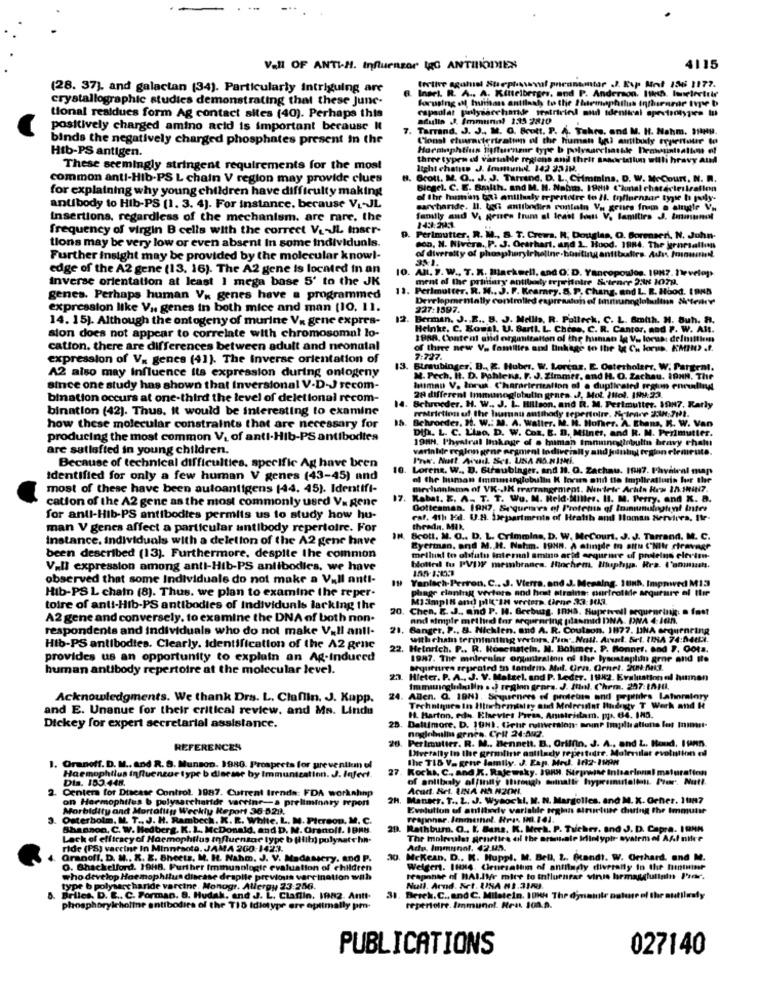
Vall OF ANTI-H. Influenzor lgG ANTILIODIES
4115
I phicontintar J. Kup Med 136 1177.
(28. 37), and galactan (34). Particularly Intriguing are
crystallographic studies demonstrating that these June-
Insel. R. A ., A. Kittelberges, and P. Anderson. Itheh. Iunetertelr
forusing &M, huileass antilaat to the Iltemaphilus Intherarar Ive b
capsolat polysaccharde seatriviel mud identical spectrotypies tu
tional residues form Ag contact sites (40). Perhaps this
afulla .J. Immunol 135 2810
positively charged amino acid is important because It
7. Tarrand. J. J ., M. G. Scott. P. A. Takes, and M. H. Nahm. HHHy.
binds the negatively charged phosphates present in the
Cional characterization of the human (al antibody epertour Io
Horaphtius Ttffurnzur type b polysaccharide Demintsalto of
Htb-PS antigen.
three typen ed vartable regions and their amaorisiiun willi hravy aud
These seemingly stringent requirements for the most
common anti-Hib-PS L chain V region may provide clues
H. Brott. M. O .. J. J. Tatrind. D. L. CHminins. D. W. MeCourt, N. R.
for explaining why young children have difficulty making
Biegel. C. E. Smith. and M. H. Nahm. 1989 C'konal chatécierrafinn
of the human both anilluty erpertoire to Il. tofuensar typse ha poly-
antibody to Hib-PS (1. 3. 4). For instance. because VL-JL
sarvbaride. Il. toGi antibodies contain Vy geurs Inin o eltutte Vu
Insertions, regardless of the mechanism. are rare, the
family and V. gruen trum al Inast bout V. lanitira J. Immunol
frequency of virgin B cells with the correct Ve-JL inser-
143:29:
9. Perlmutter, R. M ., S. T. Crewa. R. Douglas, Q. Borenses, N. John-
tions may be very low or even absent In some individuals.
soD. N. Nivera. P. J. Orarhari, and 1. Hood. 1984. The jernrsaliun
Further insight may be provided by the molecular knowl-
of diversity of phosphoryicheline.bisting antibudire. Adır fonumil.
edge of the A2 gene (13. 16). The A2 gene is located in an
10. AN. S. W .. T. R. Backwell, and O. D. Yancopoulos, 1987. Develop
Inverse orientation at least I mega base 5' to the JK
ment of the printury antibaly territoire Stener 2:48 107H.
13. Perlmutter. R. N .. J. F. Kearney. S. P. Chang, and L. R. Hood. IONS
genes. Perhaps human Va genes have a programmed
Developmentally controlled expresston of Immunoglobulina & terre
expression like V ,. genes in both mice and man [10. 11.
227:1597.
14. 15). Although the ontogeny of murine V. gene expres-
12.
Berman. J .. E .. B. J. Mellis. R. Palleck, C. L. Smith. H. Buh. H.
Helnke. C. Kousl. U. Bartl. L. Chose, C. R. Canter, and F. W. Alt.
sion does not appear to correlate with chromosomal lo-
1988, Content and orgmittatton of the human lg V ., locus: de Intitien
cation. there are differences between adult and neonatal
of three new V. families and linkage in the & Ch lorus. KAHND .f.
expression of Va genes (41). The inverse orientation of
7:737.
A2 also may Influence Its expression during ontogeny
13.
Birubinger, B ., E. Huber. W. Lorens. E. Osterholsrr. W. Partent.
M. Pech. Ht. D. Pohlens. F. J. Zimmer, and H. O. Zachau, 19HN, The
Since one study has shown that Inversional V-D-J secom-
human V. torua. Characterization of a duplicain regime enruling
bination occurs at one-third the level of deletional recom-
14.
28 different Immunoglobulin genes. J. Mot. Illol. INy:23.
bination (42). Thus. it would be interesting to examine
Behreeder. H. W .. J. L. Hillson, and R. M. Perlmutter. 1987. Ratly
restriction uf the human antibody sepertoire, KIrare 2:3,711.
15. Behrorder. H. W .: M. A. Waller. M. R. HoTher. A. Ehans, R. W. Van
how these molecular constraints that are necessary for
DIf. L. C. L'iso, D. W. Coz. B. D. Milner, and R. M. Perlmutter.
producing the most common V. of anti-Hib-PS antibodies
198N. Phystral linkage of a human Immunoginbulin heavy chalu
are satisfied in young children.
varinldr region gene ergment Indiversity and janti trgion elemiruta.
Because of technical difficulties, specific Ag have been
10
Lorens. W .. D. Straubinger, and 11. Q. Zachau. 1987. Phvatenl map
Identified for only a few human V genes (43-45) and
of the human Immmarglobulin K lorus attit tle Implicatlurin for the
most of these have been autoantigens (44. 45). Identifi-
mirchaninmn of VK-JK rrarrangement. Nitets' Achts How In.JIN7.
cation of the A2 gene as the most commonly used Va gene
17.
Kabel. E. A. T. T. Wu. M. Held-Miller. Il. M. Perry, and x. a.
Doticaman. 1987, Se gurures of Profeta of Ininumulnghent Inter
for anti-Hib-PS antibodies permits us to study how hu-
cal. 4th Ed. U.A. Departments of Health and Human Services, Ile-
man V genes affect a particular antibody repertoire. For
theadn. MIl.
Instance. individuals with a deletion of the A2 gene have
Brott. N. O .. D. L. Crimmina, D. W. McCourt. J. J. Tarrand. M. C.
Byerman, and M. H. Nahm. 1998. A atingde to attu "'NItr riravage
been described (13). Furthermore, despite the common
mellin to olfato internal amino acid sequence of proteins elevton-
V.Il expression among anti-Hib-PS antibodies. we have
blotted tu PVDF meanbranca. Hochem. Huphyp. Rra. l'onmuss.
observed that some Individuale do not make a V_Il anti-
Yanlach-Perron, C .. J. Vierra, and J. Mesaing, Sunh, Impmwved M13
plage claning verters and host atrains: ourfrottde argurare of thir
Hib-PS L chain (8). Thus. we plan to examine the reper.
toire of anti-Hib-PS antibodies of Individuals lacking the
Chen. E. J ., and P. H. Gecburg, IRHS. Supetvell sequencing. o fast
A2 gene and conversely. to examine the DNA of both non.
and simple method for arquenring (dasmid DNA- PNA 4:Jan.
respondents and individuals who do not make V_Il anti-
21. Banger. P ., 8. Nicklen, and A. R. Coutson. 1877. UNA erqueneing
withcham terminating vectors. P'in; Noll. Arut. &rt. (18A 74:0411.
Hib-PS antibodies. Clearly. identification of the A2 gene
22. Heinrich. P .. R. Rosenstein, M. Balimer. P. Bonner, and }. Oots.
provides us an opportunity to explain an Ag-Induced
1987. The melreslar onpitralinn of the lysostaphin groe and tte
human antibody repertoire at the molecular level.
Shoutfren repeated in tandem. Atul. Urn. Ornet. 20 Mil.
23. Heter. P. A ., J. V. Maleel, and P. Leder. 1982. Evaluation of human
Immunoglobulin . . ) region gears. J. Itbl. Chem. 257:1011.
Acknowledgments. We thank Drs. L. Claflin. J. Kapp.
24.
24. Allen. Q. 19H). Soqueners of proteins and prpers Lahoralory
and E. Unanue for their critical review, and Ms. Lindu
Techniques In Huchemistry and Molecular Hidegty T Werk and H
H. Barton. edu. Ehevies Presa, Anıstridam. pp .. 64. INS.
Dickey for expert secretarial assistance.
28. Daltimore. D. 19H). Getir runversion: aninP Imple attuns lot mnimmst-
noglobulin grnes. Crit 24:542.
Perlmutter. R. M .. Bennett. B ., Griffin, J. A ., and 2. Houd. Ifn.
REFERENCES
Diverally in the germline asttlady repesteder. Malerilar evolution of
The TIS V_ gene family. J. Exp. Med. 182-IN9H
1. Oranoff. D. M .. and R. S. Munson. 1980. Prospects for prevention el
27
27. Kocks. C ., and R. Rajewsky. J989. Sirpwise Inisarlonal maturation
Haemophilus influenzae type b disease by Immuntcatin. J. Infert.
Dis. 153.448.
of anlibaly affinity through sumatti hypremuralions. Pter. Nutl.
2. Centers for Disease Control. 1987. Current trends: FDA workahnp
2
Acad. Bet. UNA HA N201.
on Haemophilus b polysaccharide vareine-a preliminary report
2H. Manger. T .. L. J. Wysocki. M. N. Margolles, and M. K. Gcher, 10197
torne
Morbidity and Mortality Weekly Report 36:529.
Evolution of antibody variabile regkin alructuse during the Immune
3. Osterbolm. M. T ., J. H. Rambech. K. R. White. L. M. Pierson, M. C.
Feapanhar. Jenmetal. Hrs ML.1 41.
Shannon, C. W. Hedberg. K. L. McDonald, and D. M. Oranolf. IBRB.
29. Rathburn. O .. K. Bana. K. Meek. P. Tucher, and J. D. Capra.
Lack of efficacyof Haemophilus influenzae type b (Hiih) polynatchh.
The molrelat genetica of the arstale infinitypir- system of AAl nice
ride (PS) vaccine In Minnesota, JAMA 200-142.3.
Adu. Immunol. 42.05.
Granofl, D. H .. R. E. Sheets, M. H. Nahm. J. V. Madassery, and P.
30. Mckean, D ., K. Huppl. M. Bell, 2. Quandt. W. Gerhard, and M.
30.
O. Shackelford. 19H8. Further Immunologie evaluation of children
Welgen. IHHs. Cleursaltın of anfilmgly diverally In the hinter
who develop Haemophilus disease draplle previous varcination will
teaponer of HALIVe mite to influenrar vinss hrmasgiuliain Prer.
type b polysaccharide varcine. Monogr. Allergy 23:256.
Null. Arnd. Set. USA 81.31.
Briles, D. E .. C. Forman. B. Hudak, and J. L. Claflin, 1982. Antt.
Besch. C ., and C. Milstein. IOWN The d'mante nature of the outilesly
phosphorylcholine antibodies of the TIS Idiotypr ere optimally pm-
repertoire.Immunol. Hra J01.9.
PUBLICATIONS
027140